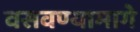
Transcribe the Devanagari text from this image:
वसवण्यामागे